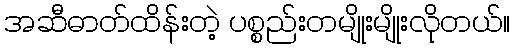
အဆီဓာတ်ထိန်းတဲ့ ပစ္စည်းတမျိုးမျိုးလိုတယ်။